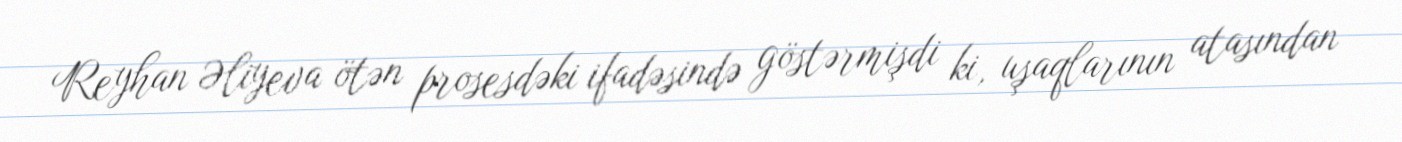
Reyhan Əliyeva ötən prosesdəki ifadəsində göstərmişdi ki, uşaqlarının atasından